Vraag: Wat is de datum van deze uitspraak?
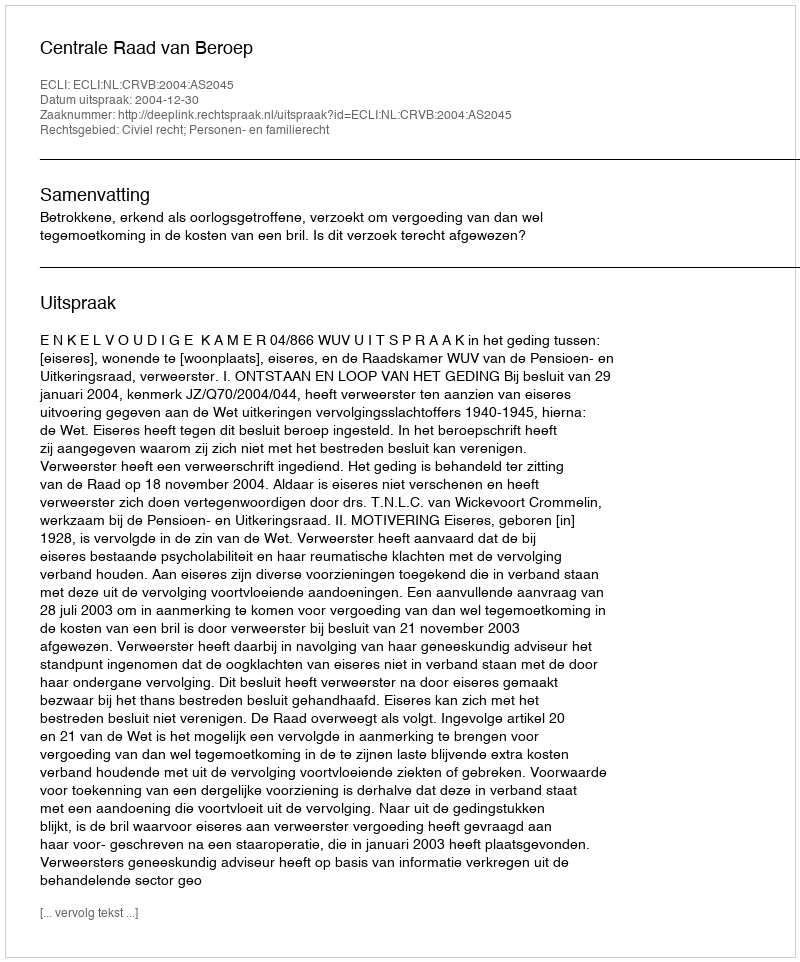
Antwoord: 2004-12-30